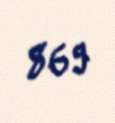
869